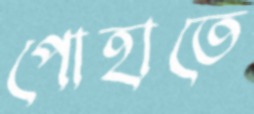
পোহাতে